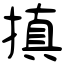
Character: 搷